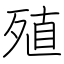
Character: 殖